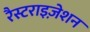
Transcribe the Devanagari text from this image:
रैस्टराइज़ेशन